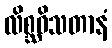
လိစ္ဆဝိသတာနံ